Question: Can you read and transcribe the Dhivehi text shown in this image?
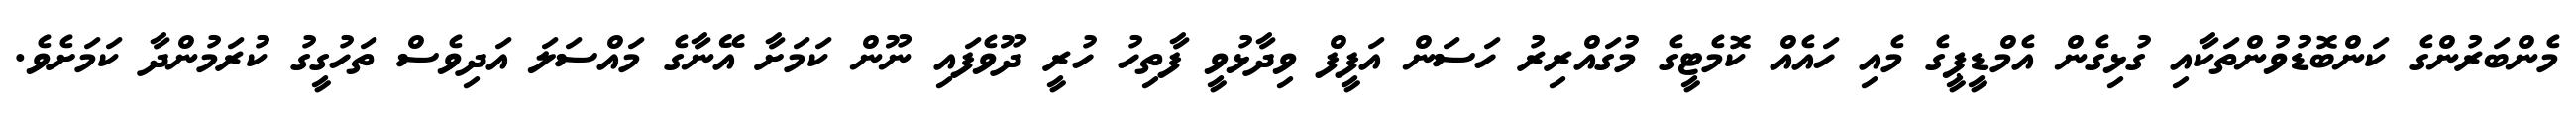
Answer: މެންބަރުންގެ ކަންބޮޑުވުންތަކާއި ގުޅިގެން އެމްޑީޕީގެ މެއި ހައެއް ކޮމެޓީގެ މުގައްރިރު ހަސަން އަފީފް ވިދާޅުވީ ފާތިހު ހުރީ ދޫވެފައި ނޫން ކަމަށާ އޭނާގެ މައްސަލަ އަދިވެސް ތަހުގީގު ކުރަމުންދާ ކަމަށެވެ.